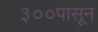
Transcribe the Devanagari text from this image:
३००पासून